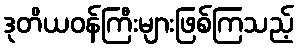
ဒုတိယဝန်ကြီးများဖြစ်ကြသည့်